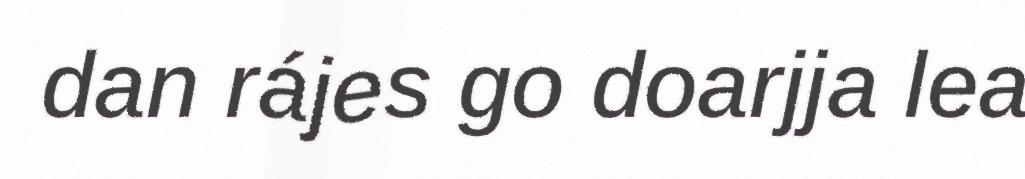
dan rájes go doarjja lea